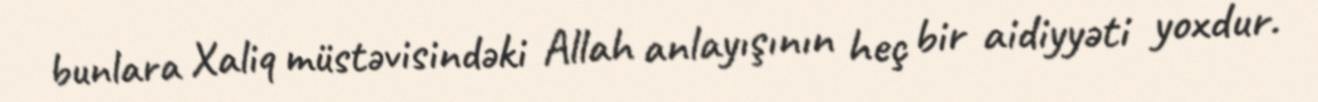
bunlara Xaliq müstəvisindəki Allah anlayışının heç bir aidiyyəti yoxdur.